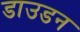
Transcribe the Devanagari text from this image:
डाउडन